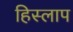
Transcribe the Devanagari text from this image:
हिस्लाप